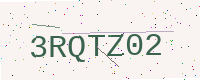
Text: 3RQTZ02